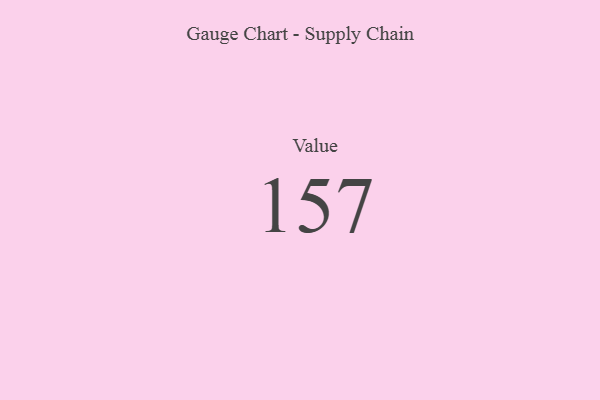
{"axis": {"x": "Metric", "y": "Value"}, "legend": [""], "data": [{"x": "Value", "y": 157, "type": ""}]}